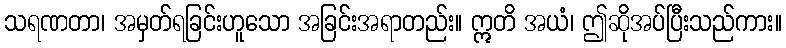
သရဏတာ၊ အမှတ်ရခြင်းဟူသော အခြင်းအရာတည်း။ ဣတိ အယံ၊ ဤဆိုအပ်ပြီးသည်ကား။